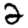
Digit: 2